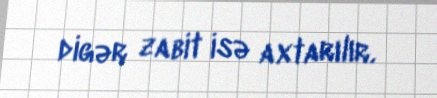
digər zabit isə axtarılır.